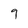
Character: 9